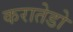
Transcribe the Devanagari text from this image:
करातेडो